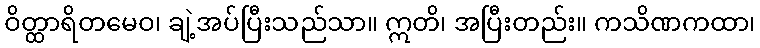
ဝိတ္ထာရိတမေဝ၊ ချဲ့အပ်ပြီးသည်သာ။ ဣတိ၊ အပြီးတည်း။ ကသိဏကထာ၊